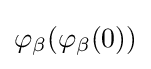
\varphi _{\beta }(\varphi _{\beta }(0))